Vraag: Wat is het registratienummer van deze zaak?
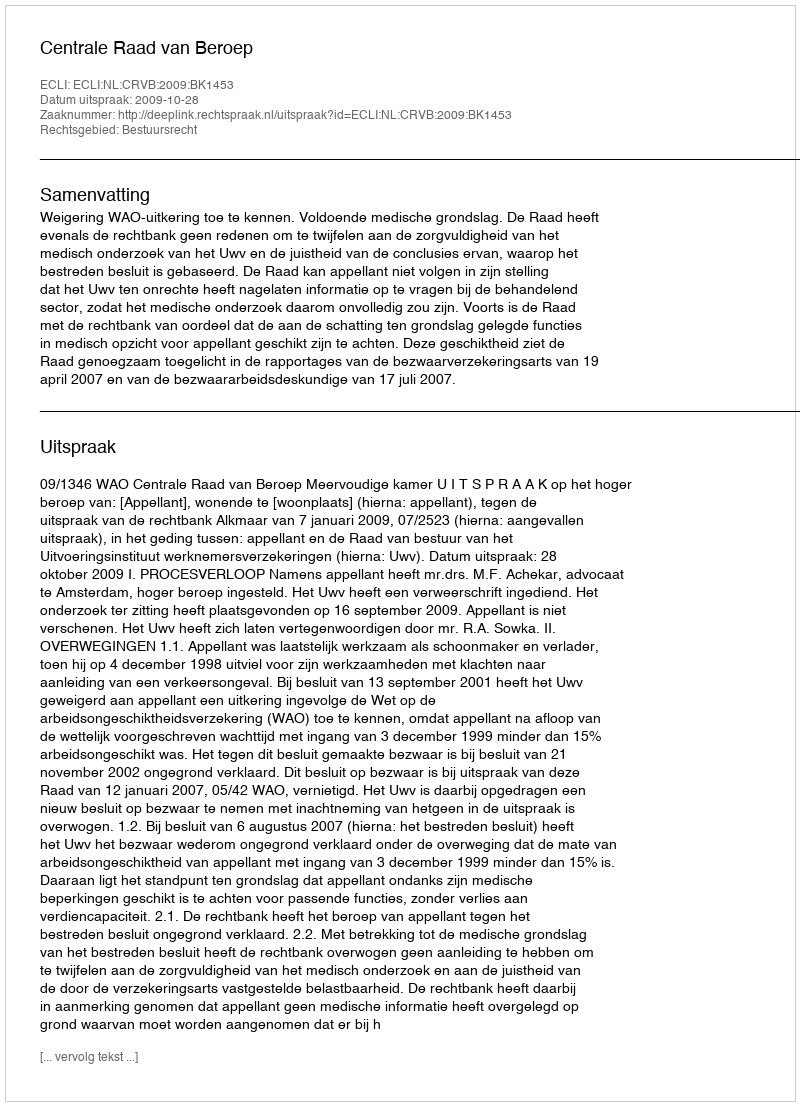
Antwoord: http://deeplink.rechtspraak.nl/uitspraak?id=ECLI:NL:CRVB:2009:BK1453